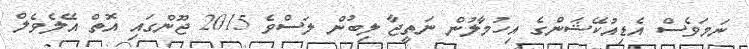
ނަމަވެސް އެޑިއުކޭޝަންގެ އިހުމާލުން ނަތީޖާ ލިބުން ލަސްވެ 2015 ޖޫންގައި އޮތް އޭލެވެލް